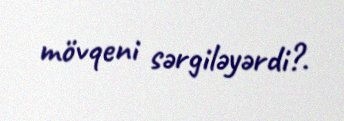
mövqeni sərgiləyərdi?.